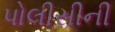
પોલીસીની